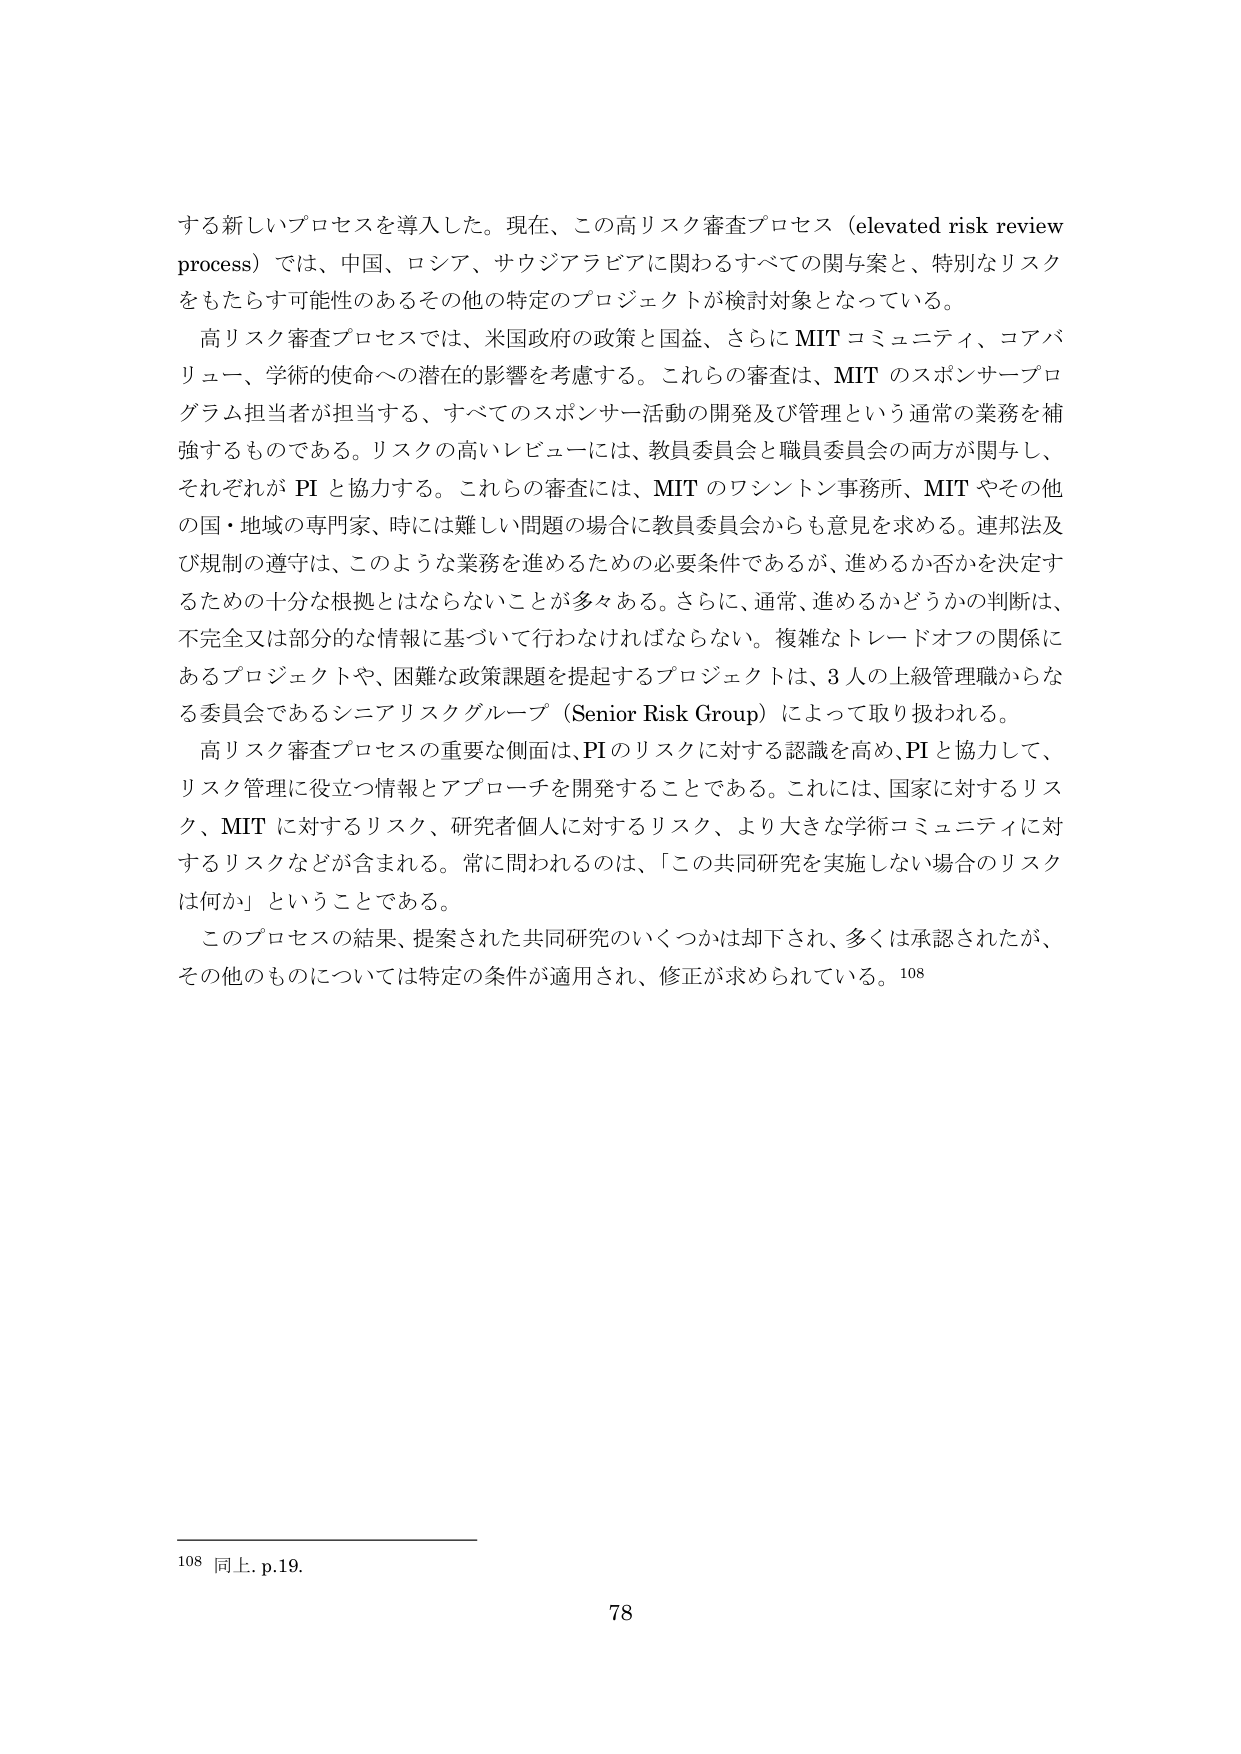
する新しいプロセスを導入した。現在、この高リスク審査プロセス（elevated risk review process）では、中国、ロシア、サウジアラビアに関わるすべての関与案と、特別なリスクをもたらす可能性のあるその他の特定のプロジェクトが検討対象となっている。

高リスク審査プロセスでは、米国政府の政策と国益、さらにMITコミュニティ、コアバリュー、学術的使命への潜在的影響を考慮する。これらの審査は、MITのスポンサープログラム担当者が担当する、すべてのスポンサー活動の開発及び管理という通常の業務を補強するものである。リスクの高いレビューには、教員委員会と職員委員会の両方が関与し、それぞれがPIと協力する。これらの審査には、MITのワシントン事務所、MITやその他の国・地域の専門家、時には難しい問題の場合に教員委員会からも意見を求める。連邦法及び規制の遵守は、このような業務を進めるための必要条件であるが、進めるか否かを決定するための十分な根拠とはならないことが多々ある。さらに、通常、進めるかどうかの判断は、不完全又は部分的な情報に基づいて行わなければならない。複雑なトレードオフの関係にあるプロジェクトや、困難な政策課題を提起するプロジェクトは、3人の上級管理職からなる委員会であるシニアリスクグループ（Senior Risk Group）によって取り扱われる。

高リスク審査プロセスの重要な側面は、PIのリスクに対する認識を高め、PIと協力して、リスク管理に役立つ情報とアプローチを開発することである。これには、国家に対するリスク、MITに対するリスク、研究者個人に対するリスク、より大きな学術コミュニティに対するリスクなどが含まれる。常に問われるのは、「この共同研究を実施しない場合のリスクは何か」ということである。

このプロセスの結果、提案された共同研究のいくつかは却下され、多くは承認されたが、その他のものについては特定の条件が適用され、修正が求められている。108

108 同上、p.19.

78